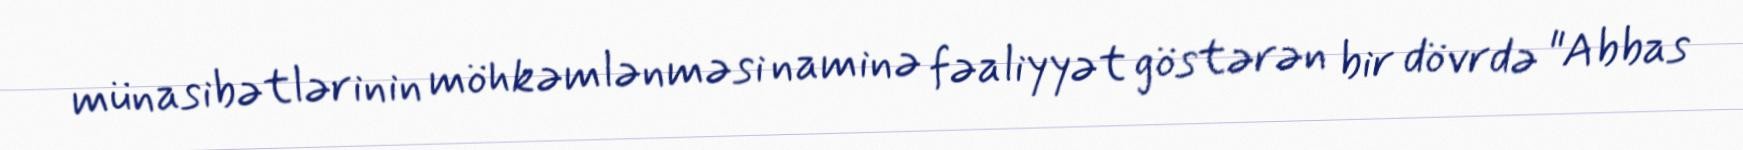
münasibətlərinin möhkəmlənməsi naminə fəaliyyət göstərən bir dövrdə "Abbas